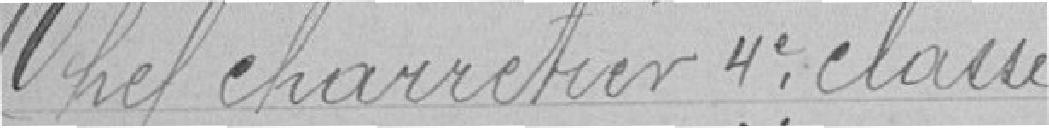
Chef charretier quatrième classe